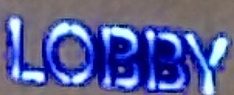
LOBBY